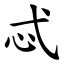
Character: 忒